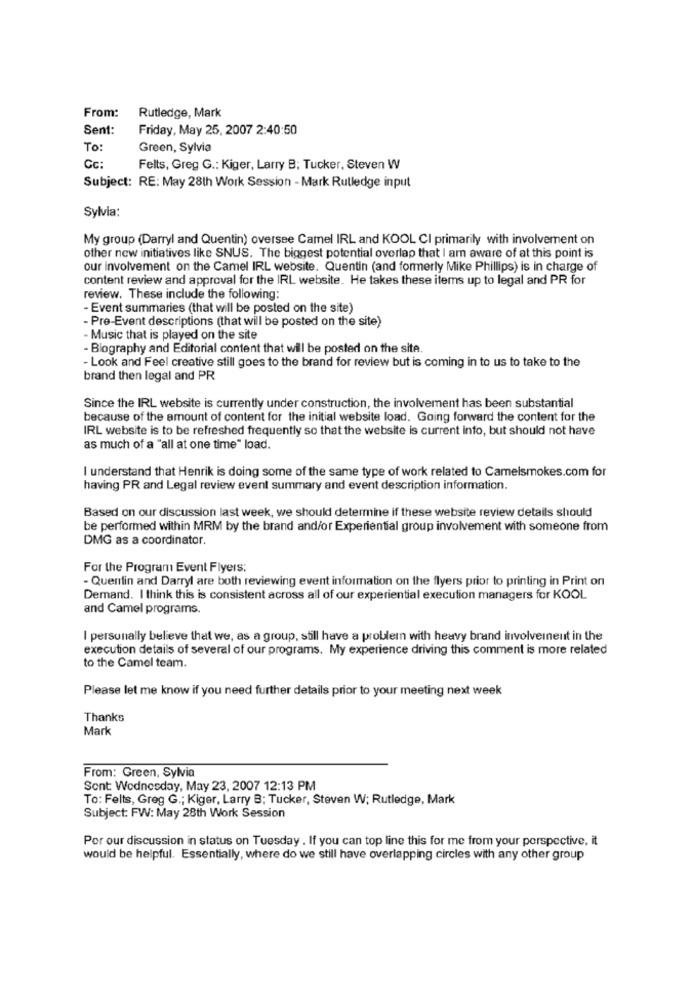
From:
Rutledge, Mark
Sent:
Friday, May 25, 2007 2:40:50
To:
Green, Sylvia
Cc:
Felts, Greg G .: Kiger, Larry B; Tucker, Steven W
Subject: RE: May 28th Work Session - Mark Rutledge input
Sylvia:
My group (Darryl and Quentin) oversee Camel IRL and KOOL CI primarily with involvement on
other new initiatives like SNUS. The biggest potential overlap that I am aware of at this point is
our involvement on the Camel IRL website. Quentin (and formerly Mike Phillips) is in charge of
content review and approval for the IRL website. He takes these items up to legal and PR for
review. These include the following:
- Event summaries (that will be posted on the site)
- Pre-Event descriptions (that will be posted on the site)
- Music that is played on the site
- Biography and Editorial content that will be posted on the site.
- Look and Feel creative still goes to the brand for review but is coming in to us to take to the
brand then legal and PR
Since the IRL website is currently under construction, the involvement has been substantial
because of the amount of content for the initial website load. Going forward the content for the
IRL website is to be refreshed frequently so that the website is current info, but should not have
as much of a "all at one time" load.
I understand that Henrik is doing some of the same type of work related to Camelsmokes.com for
having PR and Legal review event summary and event description information.
Based on our discussion last week, we should determine if these website review details should
be performed within MRM by the brand and/or Experiential group involvement with someone from
DMG as a coordinator.
For the Program Event Flyers:
- Quentin and Darryl are both reviewing event information on the flyers prior to printing in Print on
Demand. I think this is consistent across all of our experiential execution managers for KOOL
and Camel programs.
I personally believe that we, as a group, still have a problem with heavy brand involvement in the
execution details of several of our programs. My experience driving this comment is more related
to the Camel team.
Please let me know if you need further details prior to your meeting next week
Thanks
Mark
From: Green, Sylvia
Sont Wednesday, May 23, 2007 12:13 PM
To: Felts, Greg G .; Kiger, Larry B; Tucker, Steven W; Rutledge, Mark
Subject: FW: May 28th Work Session
Por our discussion in status on Tuesday . If you can top line this for me from your perspective, it
would be helpful. Essentially, where do we still have overlapping circles with any other group